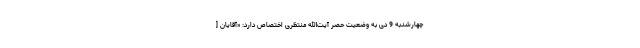
چهارشنبه 9 دی به وضعیت حصر آیت‌الله منتظری اختصاص دارد: «آقایان [